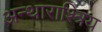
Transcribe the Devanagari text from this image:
अन्थाराश्त्रिय